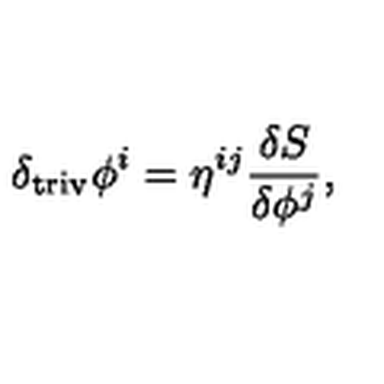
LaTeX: \delta _ { \mathrm { t r i v } } \phi ^ { i } = \eta ^ { i j } \frac { \delta S } { \delta \phi ^ { j } } ,